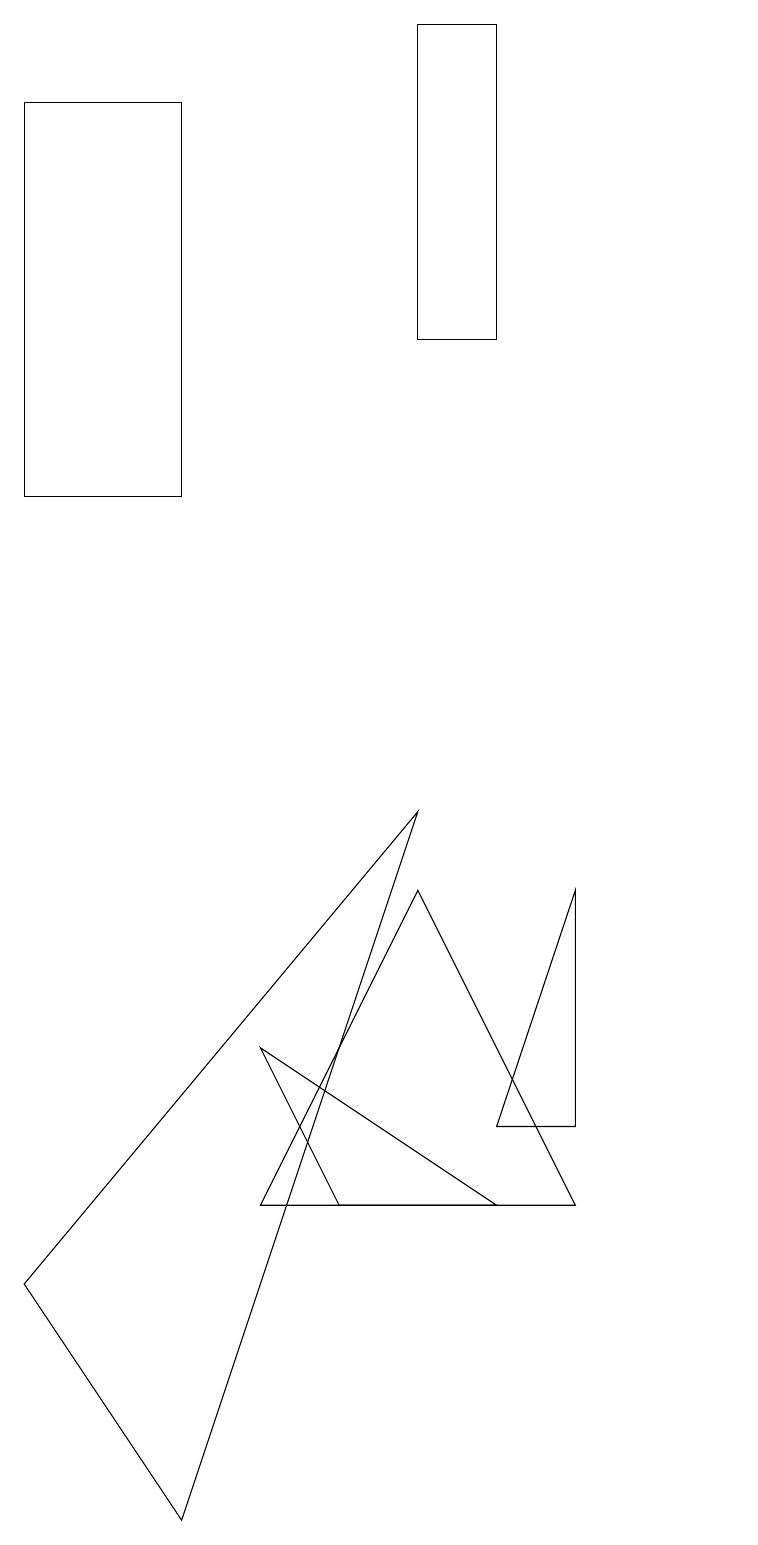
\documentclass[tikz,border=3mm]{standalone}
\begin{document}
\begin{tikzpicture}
\draw (7,15) rectangle (6,19);
\draw (10,10) circle (0);
\draw (6,9) -- (1,3) -- (3,0) -- cycle;
\draw (7,5) -- (8,8) -- (8,5) -- cycle;
\draw (8,4) -- (4,4) -- (6,8) -- cycle;
\draw (3,13) rectangle (1,18);
\draw (7,4) -- (4,6) -- (5,4) -- cycle;
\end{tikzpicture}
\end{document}